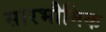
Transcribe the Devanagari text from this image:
सारभौमिक